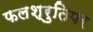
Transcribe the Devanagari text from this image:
फलश्रुतिपर